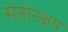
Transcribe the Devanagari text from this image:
संतानक्षय